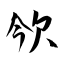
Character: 欦